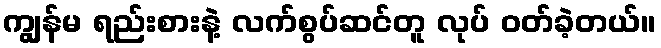
ကျွန်မ ရည်းစားနဲ့ လက်စွပ်ဆင်တူ လုပ် ဝတ်ခဲ့တယ်။